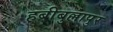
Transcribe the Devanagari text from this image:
हबीबुल्लापुर